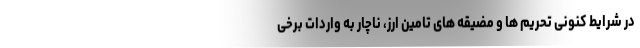
در شرایط کنونی تحریم ها و مضیقه های تامین ارز، ناچار به واردات برخی